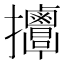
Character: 𢺬